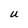
Character: U